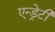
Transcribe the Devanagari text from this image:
एन्ड्रेटी